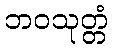
ဘဝသုတ္တံ